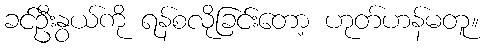
ခင်ဦးနွယ်ကို ရန်စလိုခြင်းတော့ ဟုတ်ဟန်မတူ။